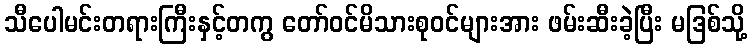
သီပေါမင်းတရားကြီးနှင့်တကွ တော်ဝင်မိသားစုဝင်များအား ဖမ်းဆီးခဲ့ပြီး မဒြစ်သို့